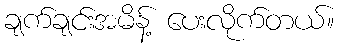
ချက်ချင်းအမိန့် ပေးလိုက်တယ်။